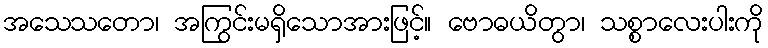
အသေသတော၊ အကြွင်းမရှိသောအားဖြင့်။ ဗောဓယိတွာ၊ သစ္စာလေးပါးကို